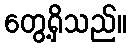
တွေ့ရှိသည်။